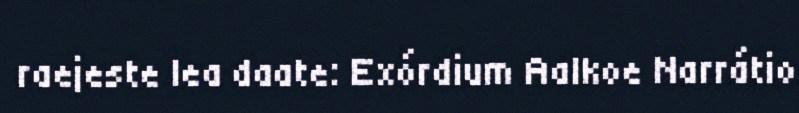
raejeste lea daate: Exórdium Aalkoe Narrátio